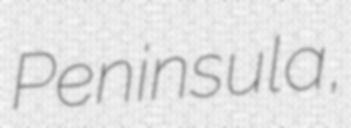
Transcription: Peninsula,